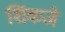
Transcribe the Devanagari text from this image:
शिंकजे